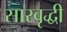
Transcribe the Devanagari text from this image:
सारवृद्धी